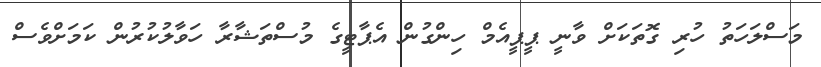
މަސްލަހަތު ހުރި ގޮތަކަށް ވާނީ ޕީޕީއެމް ހިންގުން އެޕާޓީގެ މުސްތަޝާރާ ހަވާލުކުރުން ކަމަށްވެސް